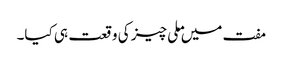
مفت میں ملی چیز کی وقعت ہی کیا۔